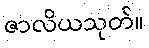
ဇာလိယသုတ်။